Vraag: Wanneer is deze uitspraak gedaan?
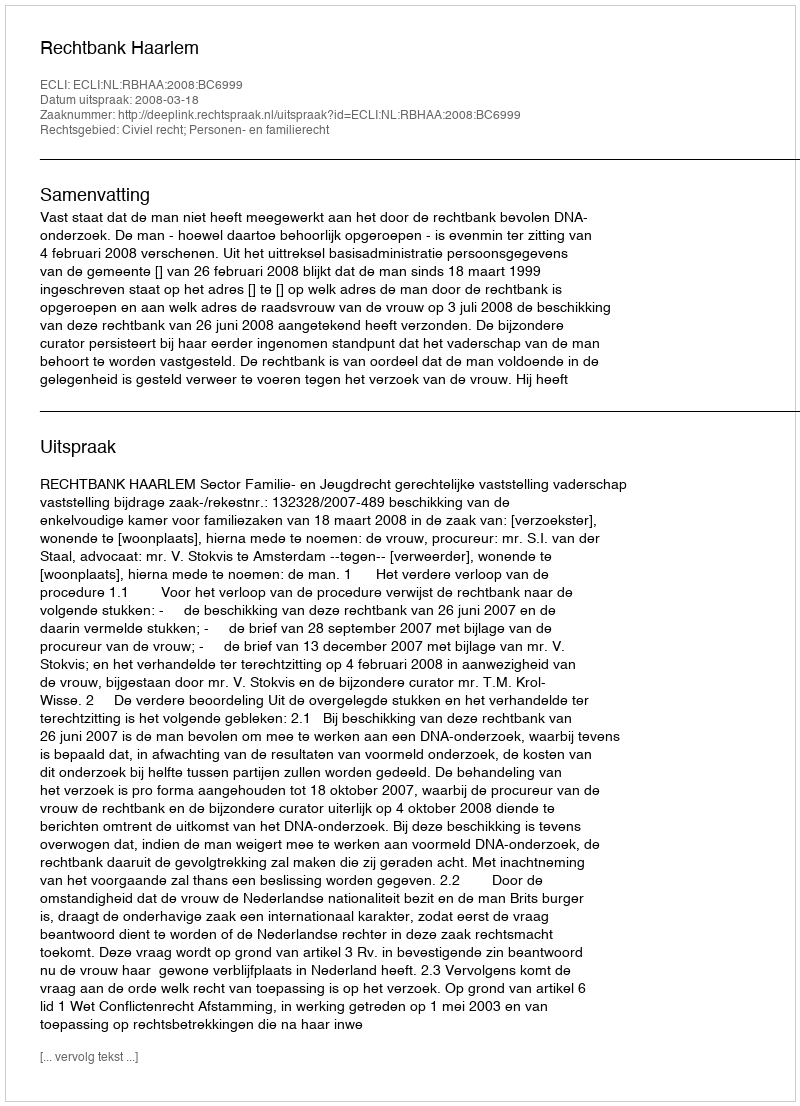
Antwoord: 2008-03-18